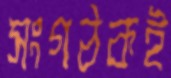
সংগঠকই